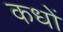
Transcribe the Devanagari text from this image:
कधों